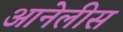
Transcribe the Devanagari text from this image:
आनेलीस